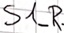
Text: S1_R